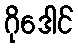
ဂိုဒေါင်